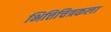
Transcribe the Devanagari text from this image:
भित्तिचित्रकला